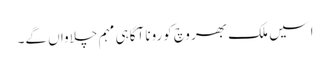
اسیں ملک بھر وچ کورونا آگاہی مہم چلاواں گے۔